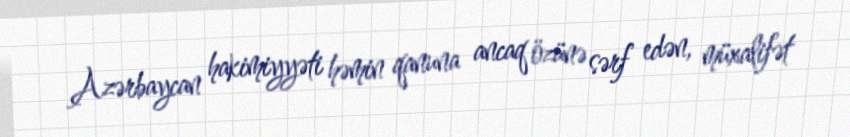
Azərbaycan hakimiyyəti həmin qanuna ancaq özünə sərf edən, müxalifət